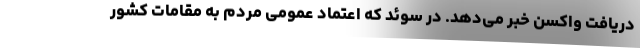
دریافت واکسن خبر می‌دهد. در سوئد که اعتماد عمومی مردم به مقامات کشور